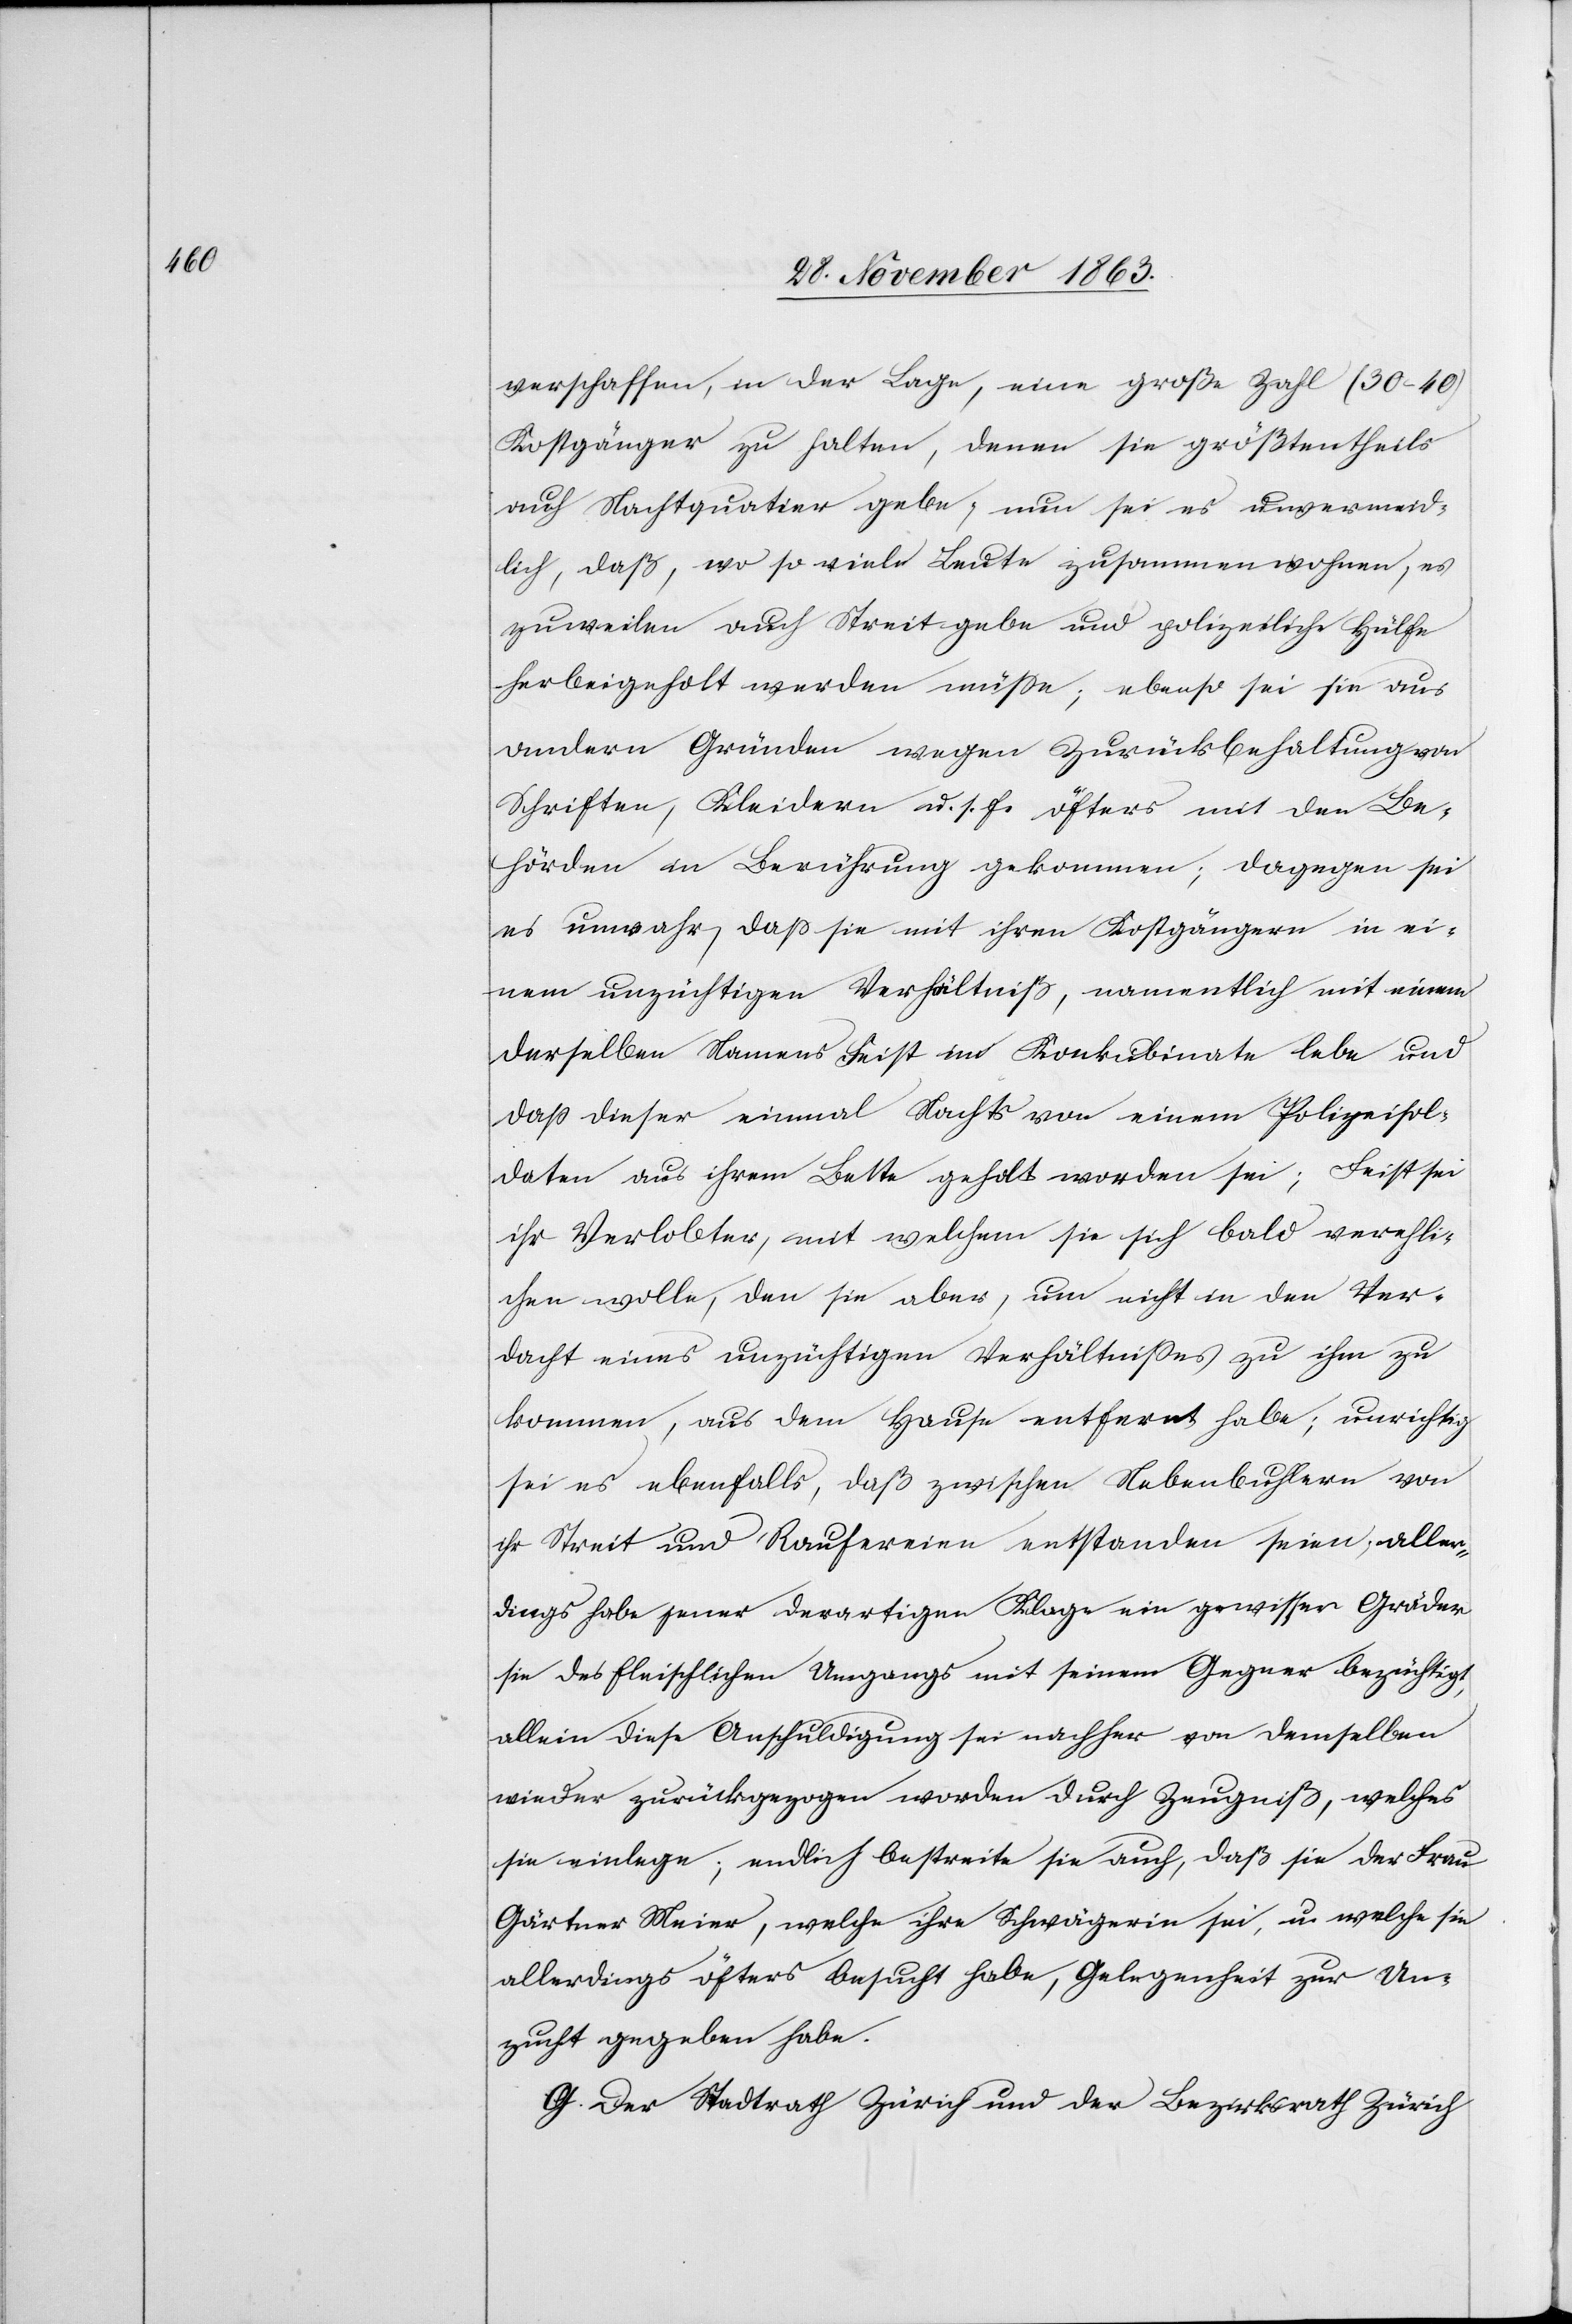
verschaffen, in der Lage, eine große Zahl (30–40)
Kostgänger zu halten, denen sie größtentheils
auch Nachtqua[r]tier gebe; nun sei es unvermeid¬
lich, daß, wo so viele Leute zusammen wohnen, es
zuweilen auch Streit gebe und polizeiliche Hülfe
herbeigeholt werden müsse; ebenso sei sie aus
andern Gründen wegen Zurückbehaltung von
Schriften, Kleidern u. s. f. öfters mit den Be¬
hörden in Berührung gekommen; dagegen sei
es unwahr, dass sie mit ihren Kostgängern in ei¬
nem unzüchtigen Verhältniß, namentlich mit einem
derselben Namens Feist im Konkubinate lebe und
dass dieser einmal Nachts von einem Polizeisol¬
daten aus ihrem Bette geholt worden sei; Feist sei
ihr Verlobter, mit welchem sie sich bald verehli¬
chen wolle, den sie aber, um nicht in den Ver¬
dacht eines unzüchtigen Verhältnisses zu ihm zu
kommen, aus dem Hause entfernt habe; unrichtig
sei es ebenfalls, daß zwischen Nebenbuhlern von
ihr Streit und Raufereien entstanden seien, aller¬
dings habe jener derartigen Klage ein gewisser Gräder
sie des fleischlichen Umgangs mit seinem Gegner bezüchtigt,
allein diese Anschuldigung sei nachher von demselben
wieder zurückgezogen worden durch Zeugniß, welches
sie einlege; endlich bestreite sie auch, daß sie der Frau
Gärtner Meier, welche ihre Schwägerin sei, u. welche sie
allerdings öfters besucht habe, Gelegenheit zur Un¬
zucht gegeben habe.
G. Der Stadtrath Zürich und der Bezirksrath Zürich